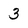
Character: 3